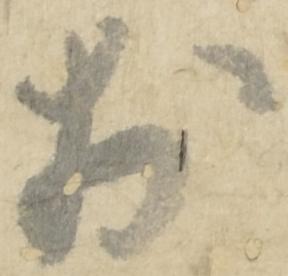
於